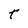
Character: t